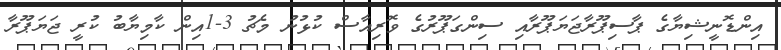
އިންޑޮނީޝިޔާގެ ޕާސިޕޫރާޖަޔަޕޫރާއި ސިންގަޕޫރުގެ ވޮރިއާސް ކުޅުނު މެޗު 3-1އިން ކާމިޔާބު ކުރީ ޖަޔަޕޫރާ